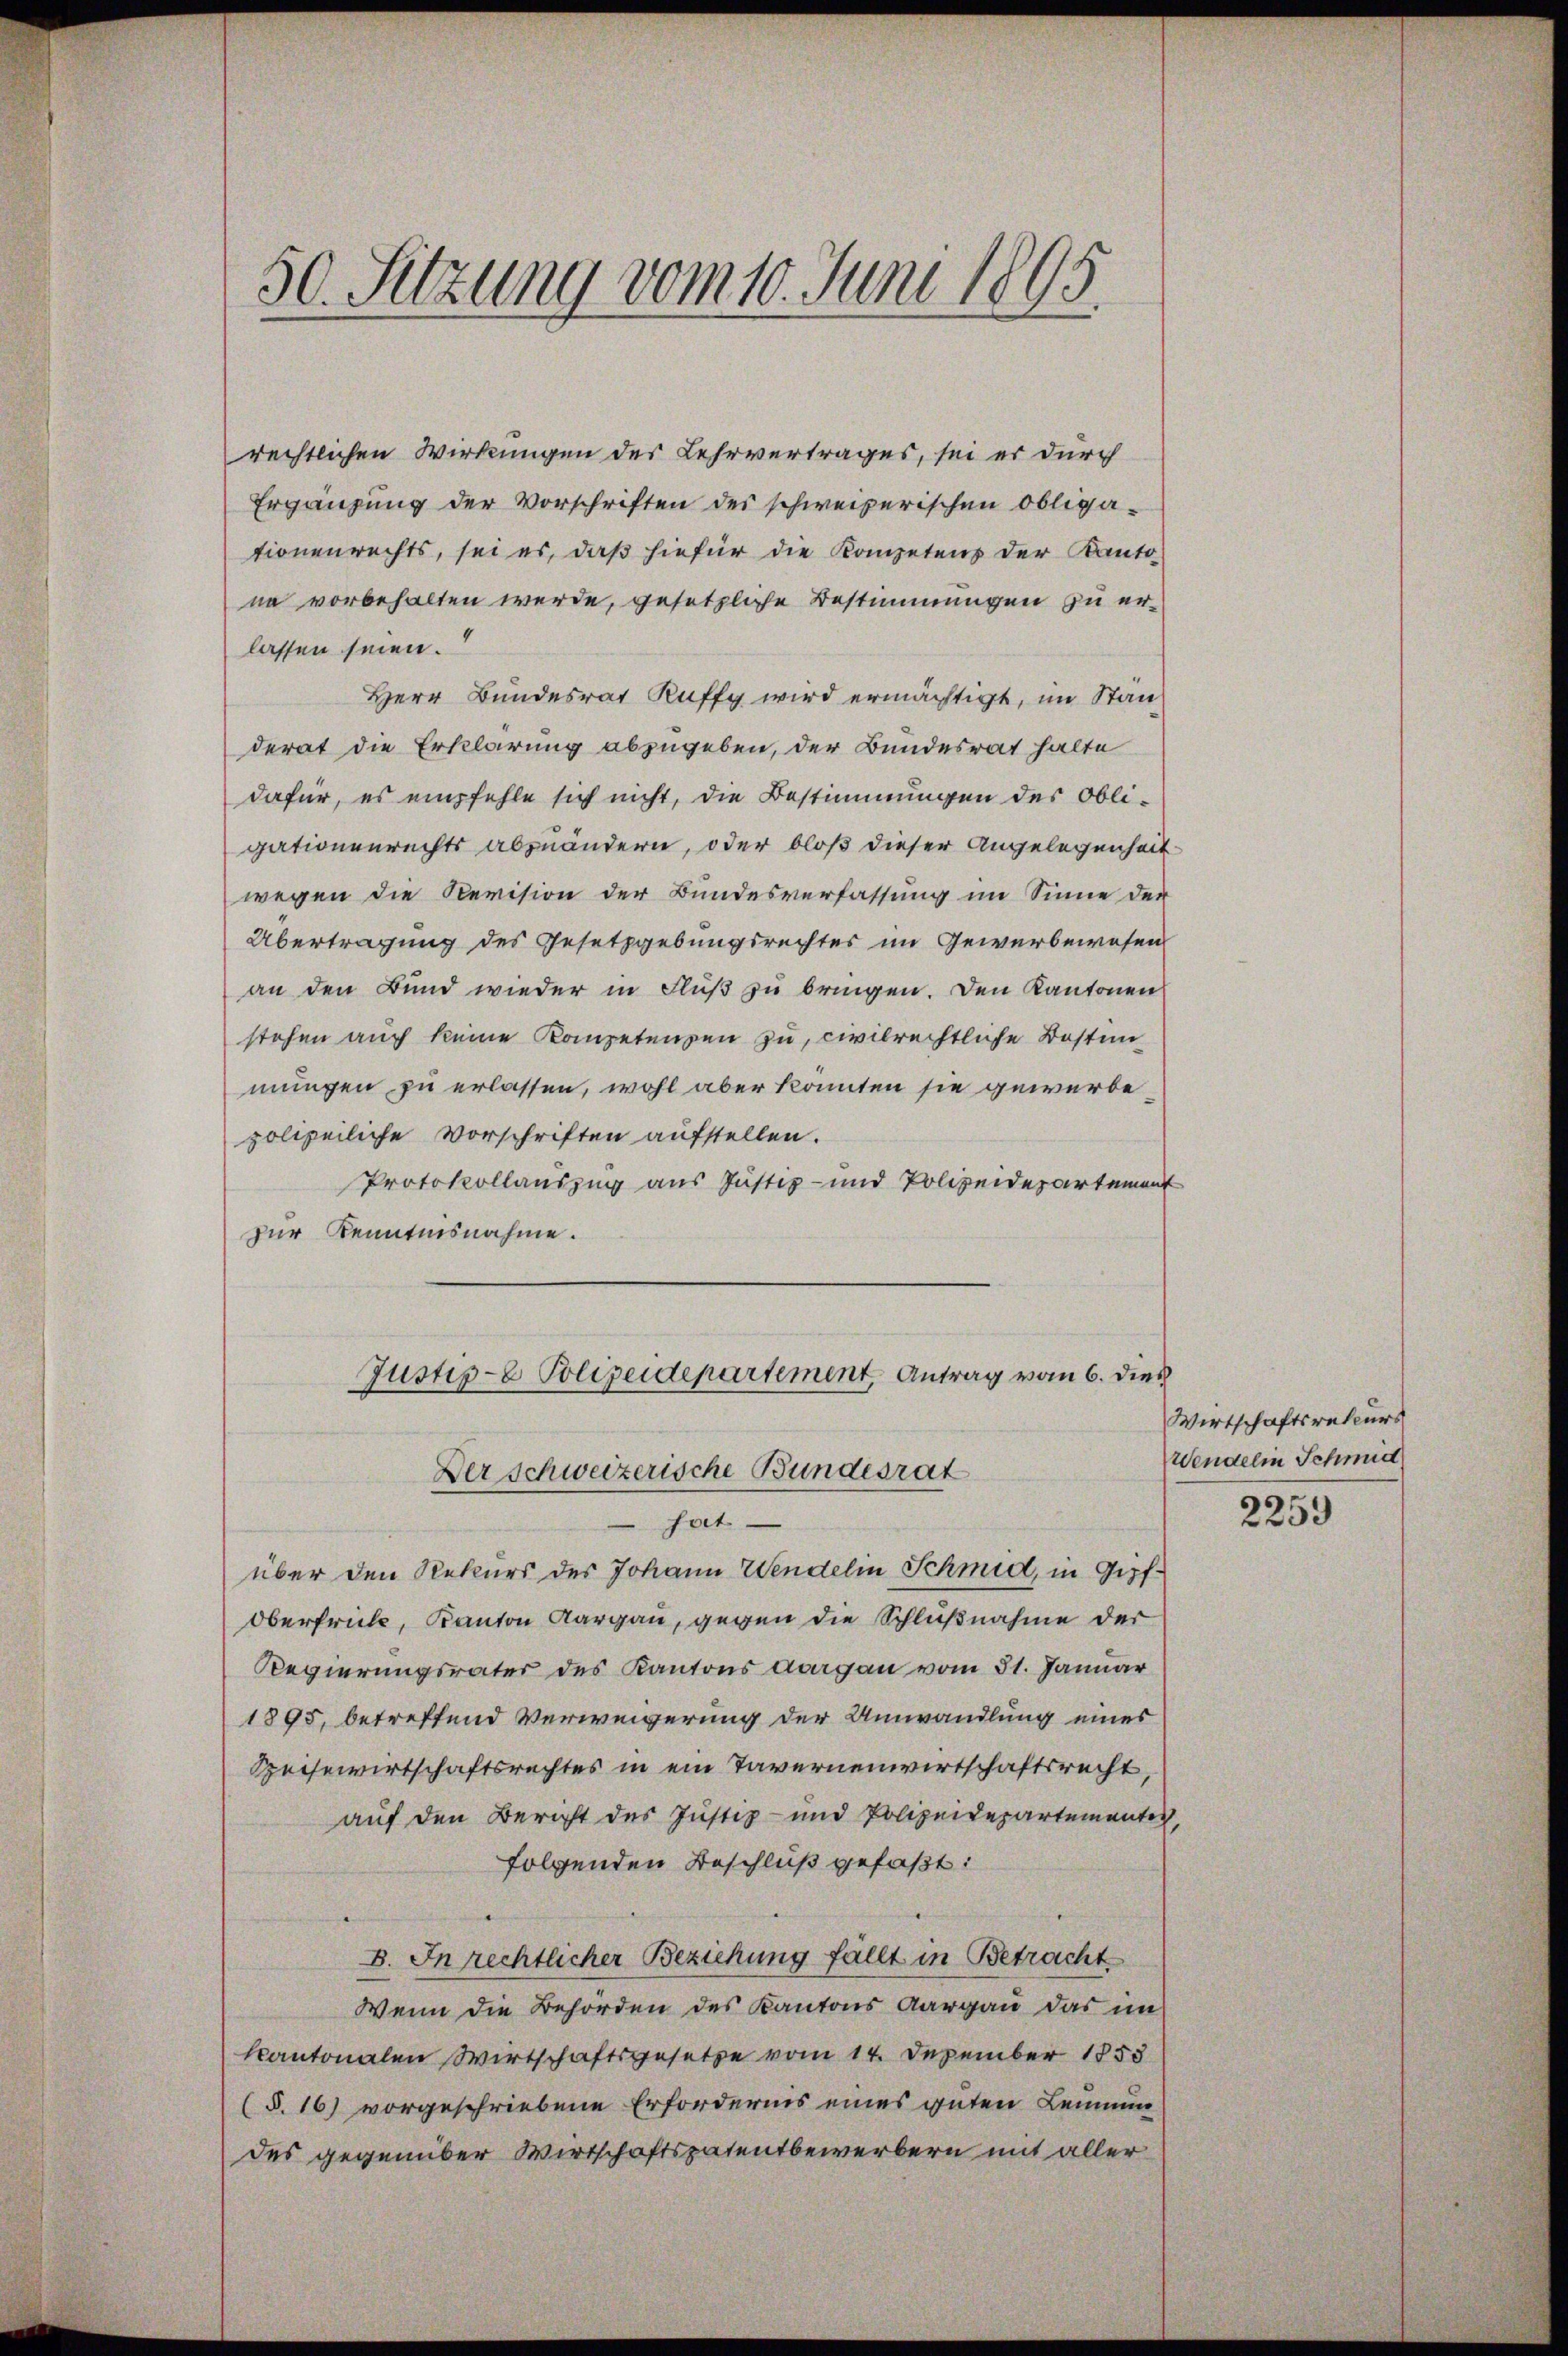
50. Sitzung vom 10. Juni 1805

rechtlichen Wirkungen des Lehrvertrages, sei er durch
Ergänzung der Vorschriften des schweizerischen Obliga-
tionenrechts, sei es, daß hiefür die Kompetens der Kanto-
ne vorbehalten werde, gesetzliche Bestimmungen zu erlassen seien.
Herr Bundesrat Kuffy wird ermächtigt, im Ständerat die Erklärung abzugeben, der Bundesrat halte
dafür, es empfehle sich nicht, die Bestimmungen des Obligationenrechts abzuändern, oder bloß dieser Angelegenheit
wegen die Revision der Bundesverfassung im Sinne der
Übertragung des Gesetzgebungsrechtes im Gewerbewesen
an den Bund wieder in Fluß zu bringen. Den Kantonen
stehen auch keine Kompetenzen zu, civilrechtliche Kosten
mungen zu erlassen, wohl aber konnten sie gewerbe
polizeiliche Vorschriften aufstellen.
Protokollauszug aus Justiz- und Polizeidepartement
zur Kenntnisnahme.
Justip-8 Polizeidepartement Antrag vom 6. dies
Der schweizerische Bundesrat
sait
über den Rekurs des Johann Wendelin Schmid, in Gipf¬
Oberfrüh, Kanton Aargau, gegen die Schlußnahme der
Regierungsrater des Kantons Aargau vom 31. Januar
1895, betreffend Verweigerung der Umwandlung eines
Segewirtschaftsrechtes in ein Tavernenwirtschaftsrecht,
auf den Bericht des Justiz- und Polizeidepartementes,
folgenden Beschluß gefaßt:
B. In rechtlicher Beziehung fällt in Betracht
Wenn die Behörden des Kantons Aargau das im
kantonalen Wirtschaftsgesetze vom 14. Dezember 1853
(§. 16) vorgeschriebene Erfordernis eines guten Leumun
des gegenüber Wirtschaftspatentbewerbern mit aller

Wirtschaftsrekurs
Wendelin Schmid

2259